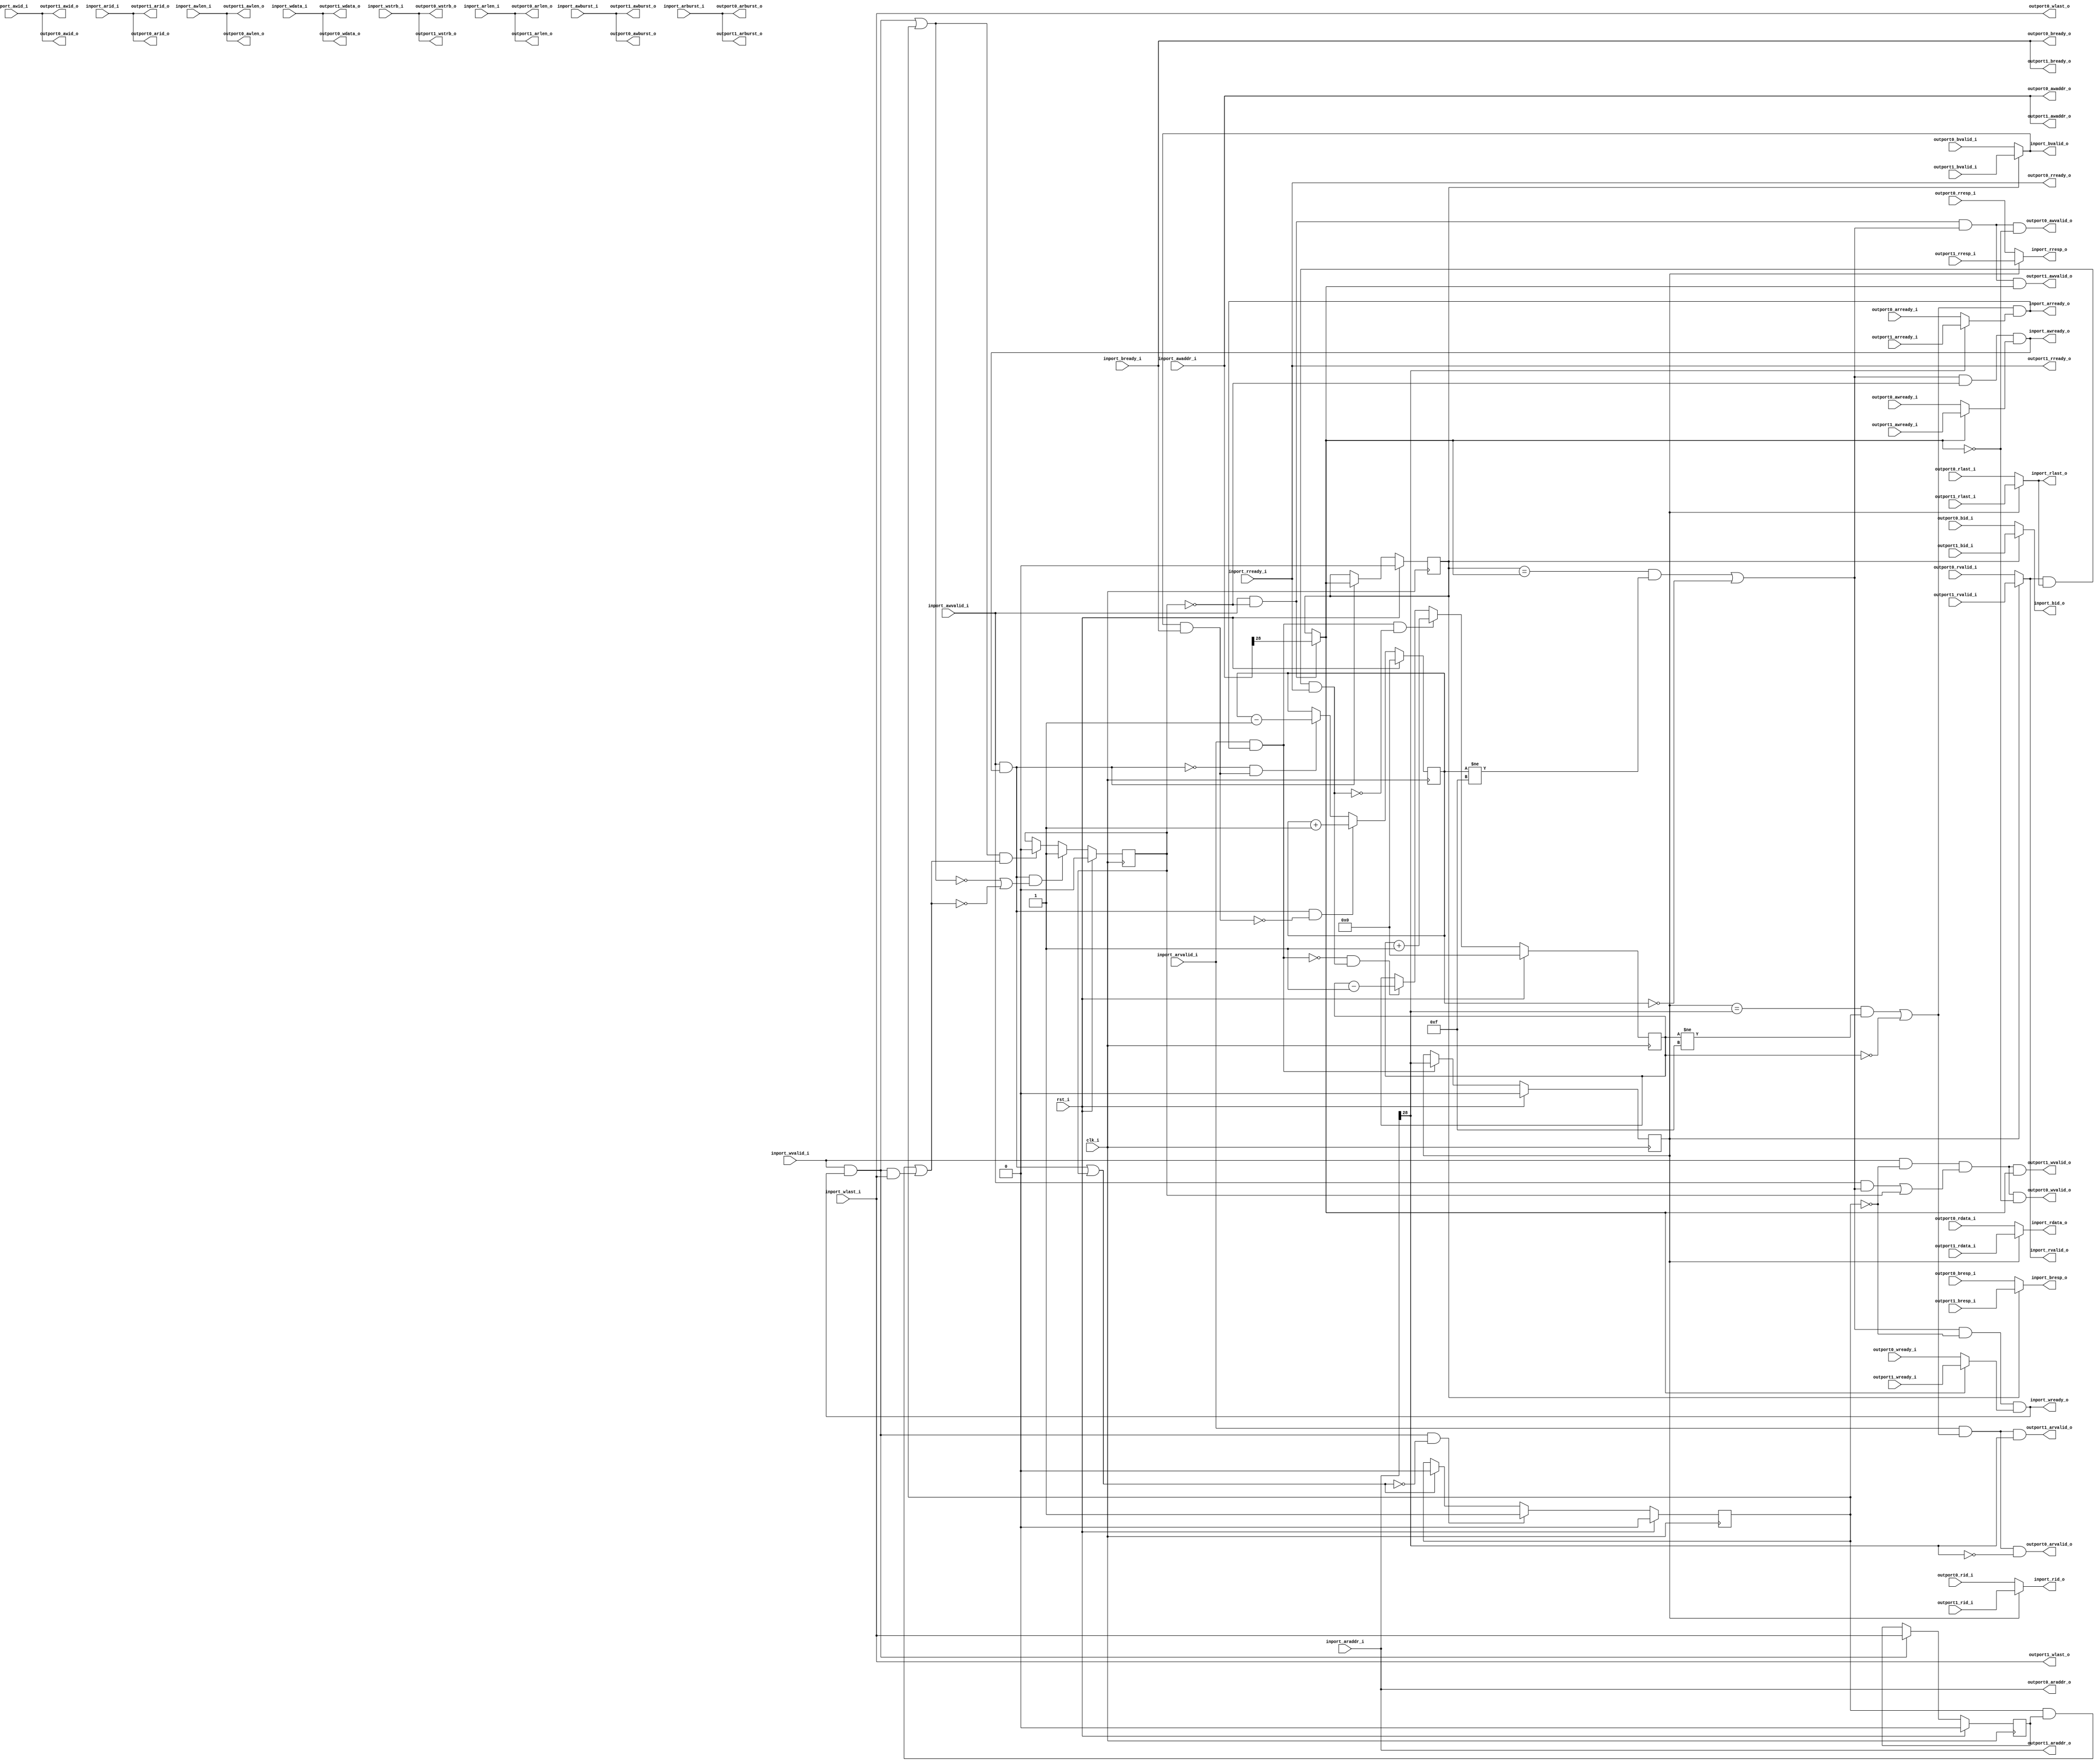

module axi4_dist
(
    // Inputs
     input           clk_i
    ,input           rst_i
    ,input           inport_awvalid_i
    ,input  [ 31:0]  inport_awaddr_i
    ,input  [  3:0]  inport_awid_i
    ,input  [  7:0]  inport_awlen_i
    ,input  [  1:0]  inport_awburst_i
    ,input           inport_wvalid_i
    ,input  [ 31:0]  inport_wdata_i
    ,input  [  3:0]  inport_wstrb_i
    ,input           inport_wlast_i
    ,input           inport_bready_i
    ,input           inport_arvalid_i
    ,input  [ 31:0]  inport_araddr_i
    ,input  [  3:0]  inport_arid_i
    ,input  [  7:0]  inport_arlen_i
    ,input  [  1:0]  inport_arburst_i
    ,input           inport_rready_i
    ,input           outport0_awready_i
    ,input           outport0_wready_i
    ,input           outport0_bvalid_i
    ,input  [  1:0]  outport0_bresp_i
    ,input  [  3:0]  outport0_bid_i
    ,input           outport0_arready_i
    ,input           outport0_rvalid_i
    ,input  [ 31:0]  outport0_rdata_i
    ,input  [  1:0]  outport0_rresp_i
    ,input  [  3:0]  outport0_rid_i
    ,input           outport0_rlast_i
    ,input           outport1_awready_i
    ,input           outport1_wready_i
    ,input           outport1_bvalid_i
    ,input  [  1:0]  outport1_bresp_i
    ,input  [  3:0]  outport1_bid_i
    ,input           outport1_arready_i
    ,input           outport1_rvalid_i
    ,input  [ 31:0]  outport1_rdata_i
    ,input  [  1:0]  outport1_rresp_i
    ,input  [  3:0]  outport1_rid_i
    ,input           outport1_rlast_i

    // Outputs
    ,output          inport_awready_o
    ,output          inport_wready_o
    ,output          inport_bvalid_o
    ,output [  1:0]  inport_bresp_o
    ,output [  3:0]  inport_bid_o
    ,output          inport_arready_o
    ,output          inport_rvalid_o
    ,output [ 31:0]  inport_rdata_o
    ,output [  1:0]  inport_rresp_o
    ,output [  3:0]  inport_rid_o
    ,output          inport_rlast_o
    ,output          outport0_awvalid_o
    ,output [ 31:0]  outport0_awaddr_o
    ,output [  3:0]  outport0_awid_o
    ,output [  7:0]  outport0_awlen_o
    ,output [  1:0]  outport0_awburst_o
    ,output          outport0_wvalid_o
    ,output [ 31:0]  outport0_wdata_o
    ,output [  3:0]  outport0_wstrb_o
    ,output          outport0_wlast_o
    ,output          outport0_bready_o
    ,output          outport0_arvalid_o
    ,output [ 31:0]  outport0_araddr_o
    ,output [  3:0]  outport0_arid_o
    ,output [  7:0]  outport0_arlen_o
    ,output [  1:0]  outport0_arburst_o
    ,output          outport0_rready_o
    ,output          outport1_awvalid_o
    ,output [ 31:0]  outport1_awaddr_o
    ,output [  3:0]  outport1_awid_o
    ,output [  7:0]  outport1_awlen_o
    ,output [  1:0]  outport1_awburst_o
    ,output          outport1_wvalid_o
    ,output [ 31:0]  outport1_wdata_o
    ,output [  3:0]  outport1_wstrb_o
    ,output          outport1_wlast_o
    ,output          outport1_bready_o
    ,output          outport1_arvalid_o
    ,output [ 31:0]  outport1_araddr_o
    ,output [  3:0]  outport1_arid_o
    ,output [  7:0]  outport1_arlen_o
    ,output [  1:0]  outport1_arburst_o
    ,output          outport1_rready_o
);



//-----------------------------------------------------------------
// AXI: Read
//-----------------------------------------------------------------
reg [3:0] read_pending_q;
reg [3:0] read_pending_r;
reg [1-1:0] read_port_q;
reg [1-1:0] read_port_r;

always @ *
begin
    read_port_r  = inport_araddr_i[28:28];
end

wire read_incr_w = (inport_arvalid_i && inport_arready_o);
wire read_decr_w = (inport_rvalid_o  && inport_rlast_o && inport_rready_i);

always @ *
begin
    read_pending_r = read_pending_q;

    if (read_incr_w && !read_decr_w)
        read_pending_r = read_pending_r + 4'd1;
    else if (!read_incr_w && read_decr_w)
        read_pending_r = read_pending_r - 4'd1;
end

always @ (posedge clk_i )
if (rst_i)
begin
    read_pending_q <= 4'b0;
    read_port_q    <= 1'b0;
end
else 
begin
    read_pending_q <= read_pending_r;

    // Read command accepted
    if (inport_arvalid_i && inport_arready_o)
        read_port_q <= read_port_r;
end

wire read_accept_w       = (read_port_q == read_port_r && read_pending_q != 4'hF) || (read_pending_q == 4'h0);

assign outport0_arvalid_o = inport_arvalid_i & read_accept_w & (read_port_r == 1'd0);
assign outport0_araddr_o  = inport_araddr_i;
assign outport0_arid_o    = inport_arid_i;
assign outport0_arlen_o   = inport_arlen_i;
assign outport0_arburst_o = inport_arburst_i;
assign outport0_rready_o  = inport_rready_i;
assign outport1_arvalid_o = inport_arvalid_i & read_accept_w & (read_port_r == 1'd1);
assign outport1_araddr_o  = inport_araddr_i;
assign outport1_arid_o    = inport_arid_i;
assign outport1_arlen_o   = inport_arlen_i;
assign outport1_arburst_o = inport_arburst_i;
assign outport1_rready_o  = inport_rready_i;

reg        outport_rvalid_r;
reg [31:0] outport_rdata_r;
reg [1:0]  outport_rresp_r;
reg [3:0]  outport_rid_r;
reg        outport_rlast_r;

always @ *
begin
    case (read_port_q)
    1'd1:
    begin
        outport_rvalid_r = outport1_rvalid_i;
        outport_rdata_r  = outport1_rdata_i;
        outport_rresp_r  = outport1_rresp_i;
        outport_rid_r    = outport1_rid_i;
        outport_rlast_r  = outport1_rlast_i;
    end
    default:
    begin
        outport_rvalid_r = outport0_rvalid_i;
        outport_rdata_r  = outport0_rdata_i;
        outport_rresp_r  = outport0_rresp_i;
        outport_rid_r    = outport0_rid_i;
        outport_rlast_r  = outport0_rlast_i;
    end
    endcase
end

assign inport_rvalid_o  = outport_rvalid_r;
assign inport_rdata_o   = outport_rdata_r;
assign inport_rresp_o   = outport_rresp_r;
assign inport_rid_o     = outport_rid_r;
assign inport_rlast_o   = outport_rlast_r;

reg inport_arready_r;
always @ *
begin
    case (read_port_r)
    1'd1:
        inport_arready_r = outport1_arready_i;
    default:
        inport_arready_r = outport0_arready_i;
    endcase
end

assign inport_arready_o = read_accept_w & inport_arready_r;

//-------------------------------------------------------------
// Write Request Tracking
//-------------------------------------------------------------
reg awvalid_q;
reg wvalid_q;
reg wlast_q;

wire wr_cmd_accepted_w  = (inport_awvalid_i && inport_awready_o) || awvalid_q;
wire wr_data_accepted_w = (inport_wvalid_i  && inport_wready_o)  || wvalid_q;
wire wr_data_last_w     = (wvalid_q & wlast_q) || (inport_wvalid_i && inport_wready_o && inport_wlast_i);

always @ (posedge clk_i )
if (rst_i)
    awvalid_q <= 1'b0;
else if (inport_awvalid_i && inport_awready_o && (!wr_data_accepted_w || !wr_data_last_w))
    awvalid_q <= 1'b1;
else if (wr_data_accepted_w && wr_data_last_w)
    awvalid_q <= 1'b0;

always @ (posedge clk_i )
if (rst_i)
    wvalid_q <= 1'b0;
else if (inport_wvalid_i && inport_wready_o && !wr_cmd_accepted_w)
    wvalid_q <= 1'b1;
else if (wr_cmd_accepted_w)
    wvalid_q <= 1'b0;

always @ (posedge clk_i )
if (rst_i)
    wlast_q <= 1'b0;
else if (inport_wvalid_i && inport_wready_o)
    wlast_q <= inport_wlast_i;

//-----------------------------------------------------------------
// AXI: Write
//-----------------------------------------------------------------
reg [3:0] write_pending_q;
reg [3:0] write_pending_r;
reg [1-1:0] write_port_q;
reg [1-1:0] write_port_r;

always @ *
begin
    if (inport_awvalid_i & ~awvalid_q)
        write_port_r = inport_awaddr_i[28:28];
    else
        write_port_r = write_port_q;
end

wire write_incr_w = (inport_awvalid_i && inport_awready_o);
wire write_decr_w = (inport_bvalid_o  && inport_bready_i);

always @ *
begin
    write_pending_r = write_pending_q;

    if (write_incr_w && !write_decr_w)
        write_pending_r = write_pending_r + 4'd1;
    else if (!write_incr_w && write_decr_w)
        write_pending_r = write_pending_r - 4'd1;
end

always @ (posedge clk_i )
if (rst_i)
begin
    write_pending_q <= 4'b0;
    write_port_q    <= 1'b0;
end
else 
begin
    write_pending_q <= write_pending_r;

    // Write command accepted
    if (inport_awvalid_i && inport_awready_o)
        write_port_q <= write_port_r;
end

wire write_accept_w      = (write_port_q == write_port_r && write_pending_q != 4'hF) || (write_pending_q == 4'h0);

assign outport0_awvalid_o = inport_awvalid_i & ~awvalid_q & write_accept_w & (write_port_r == 1'd0);
assign outport0_awaddr_o  = inport_awaddr_i;
assign outport0_awid_o    = inport_awid_i;
assign outport0_awlen_o   = inport_awlen_i;
assign outport0_awburst_o = inport_awburst_i;
assign outport0_wvalid_o  = inport_wvalid_i & ~wvalid_q & ((inport_awvalid_i && write_accept_w) || awvalid_q) & (write_port_r == 1'd0);
assign outport0_wdata_o   = inport_wdata_i;
assign outport0_wstrb_o   = inport_wstrb_i;
assign outport0_wlast_o   = inport_wlast_i;
assign outport0_bready_o  = inport_bready_i;
assign outport1_awvalid_o = inport_awvalid_i & ~awvalid_q & write_accept_w & (write_port_r == 1'd1);
assign outport1_awaddr_o  = inport_awaddr_i;
assign outport1_awid_o    = inport_awid_i;
assign outport1_awlen_o   = inport_awlen_i;
assign outport1_awburst_o = inport_awburst_i;
assign outport1_wvalid_o  = inport_wvalid_i & ~wvalid_q & ((inport_awvalid_i && write_accept_w) || awvalid_q) & (write_port_r == 1'd1);
assign outport1_wdata_o   = inport_wdata_i;
assign outport1_wstrb_o   = inport_wstrb_i;
assign outport1_wlast_o   = inport_wlast_i;
assign outport1_bready_o  = inport_bready_i;

reg        outport_bvalid_r;
reg [1:0]  outport_bresp_r;
reg [3:0]  outport_bid_r;

always @ *
begin
    case (write_port_q)
    1'd1:
    begin
        outport_bvalid_r = outport1_bvalid_i;
        outport_bresp_r  = outport1_bresp_i;
        outport_bid_r    = outport1_bid_i;
    end
    default:
    begin
        outport_bvalid_r = outport0_bvalid_i;
        outport_bresp_r  = outport0_bresp_i;
        outport_bid_r    = outport0_bid_i;
    end
    endcase
end

assign inport_bvalid_o  = outport_bvalid_r;
assign inport_bresp_o   = outport_bresp_r;
assign inport_bid_o     = outport_bid_r;

reg inport_awready_r;
reg inport_wready_r;

always @ *
begin
    case (write_port_r)
    1'd1:
    begin
        inport_awready_r = outport1_awready_i;
        inport_wready_r  = outport1_wready_i;
    end
    default:
    begin
        inport_awready_r = outport0_awready_i;
        inport_wready_r  = outport0_wready_i;
    end        
    endcase
end

assign inport_awready_o = write_accept_w & ~awvalid_q & inport_awready_r;
assign inport_wready_o  = write_accept_w & ~wvalid_q & inport_wready_r;


endmodule